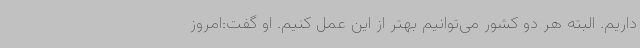
داریم. البته هر دو کشور می‌توانیم بهتر از این عمل کنیم. او گفت:امروز